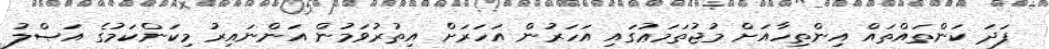
ފަދަ ކަންތައްތައް އިންތިހާއަށް މުޖުތަމަޢުގައި އަހަރުން އަހަރަށް އިތުރުވަމުން އަންނައިރު މިކަންކަމުގެ އަޞްލު